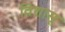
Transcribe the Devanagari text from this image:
विशासू